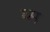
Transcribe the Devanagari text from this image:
व्म